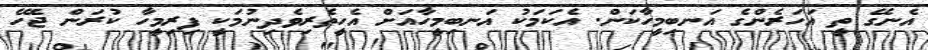
އެނގޭ ތީ އަހަރެންގެ އަނބިމީހާކަން. އެކަމަކު އަނބިމީހާއަށް އެހީތެރިވެދިނުމަކީ ފިރިމީހާ ކުރަން ޖެހޭ